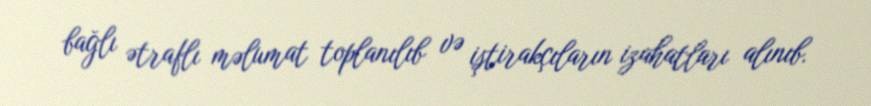
bağlı ətraflı məlumat toplanılıb və iştirakçıların izahatları alınıb.